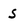
Character: S